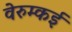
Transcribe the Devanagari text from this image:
वेरुम्कई